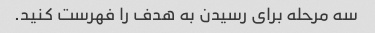
سه مرحله برای رسیدن به هدف را فهرست کنید.